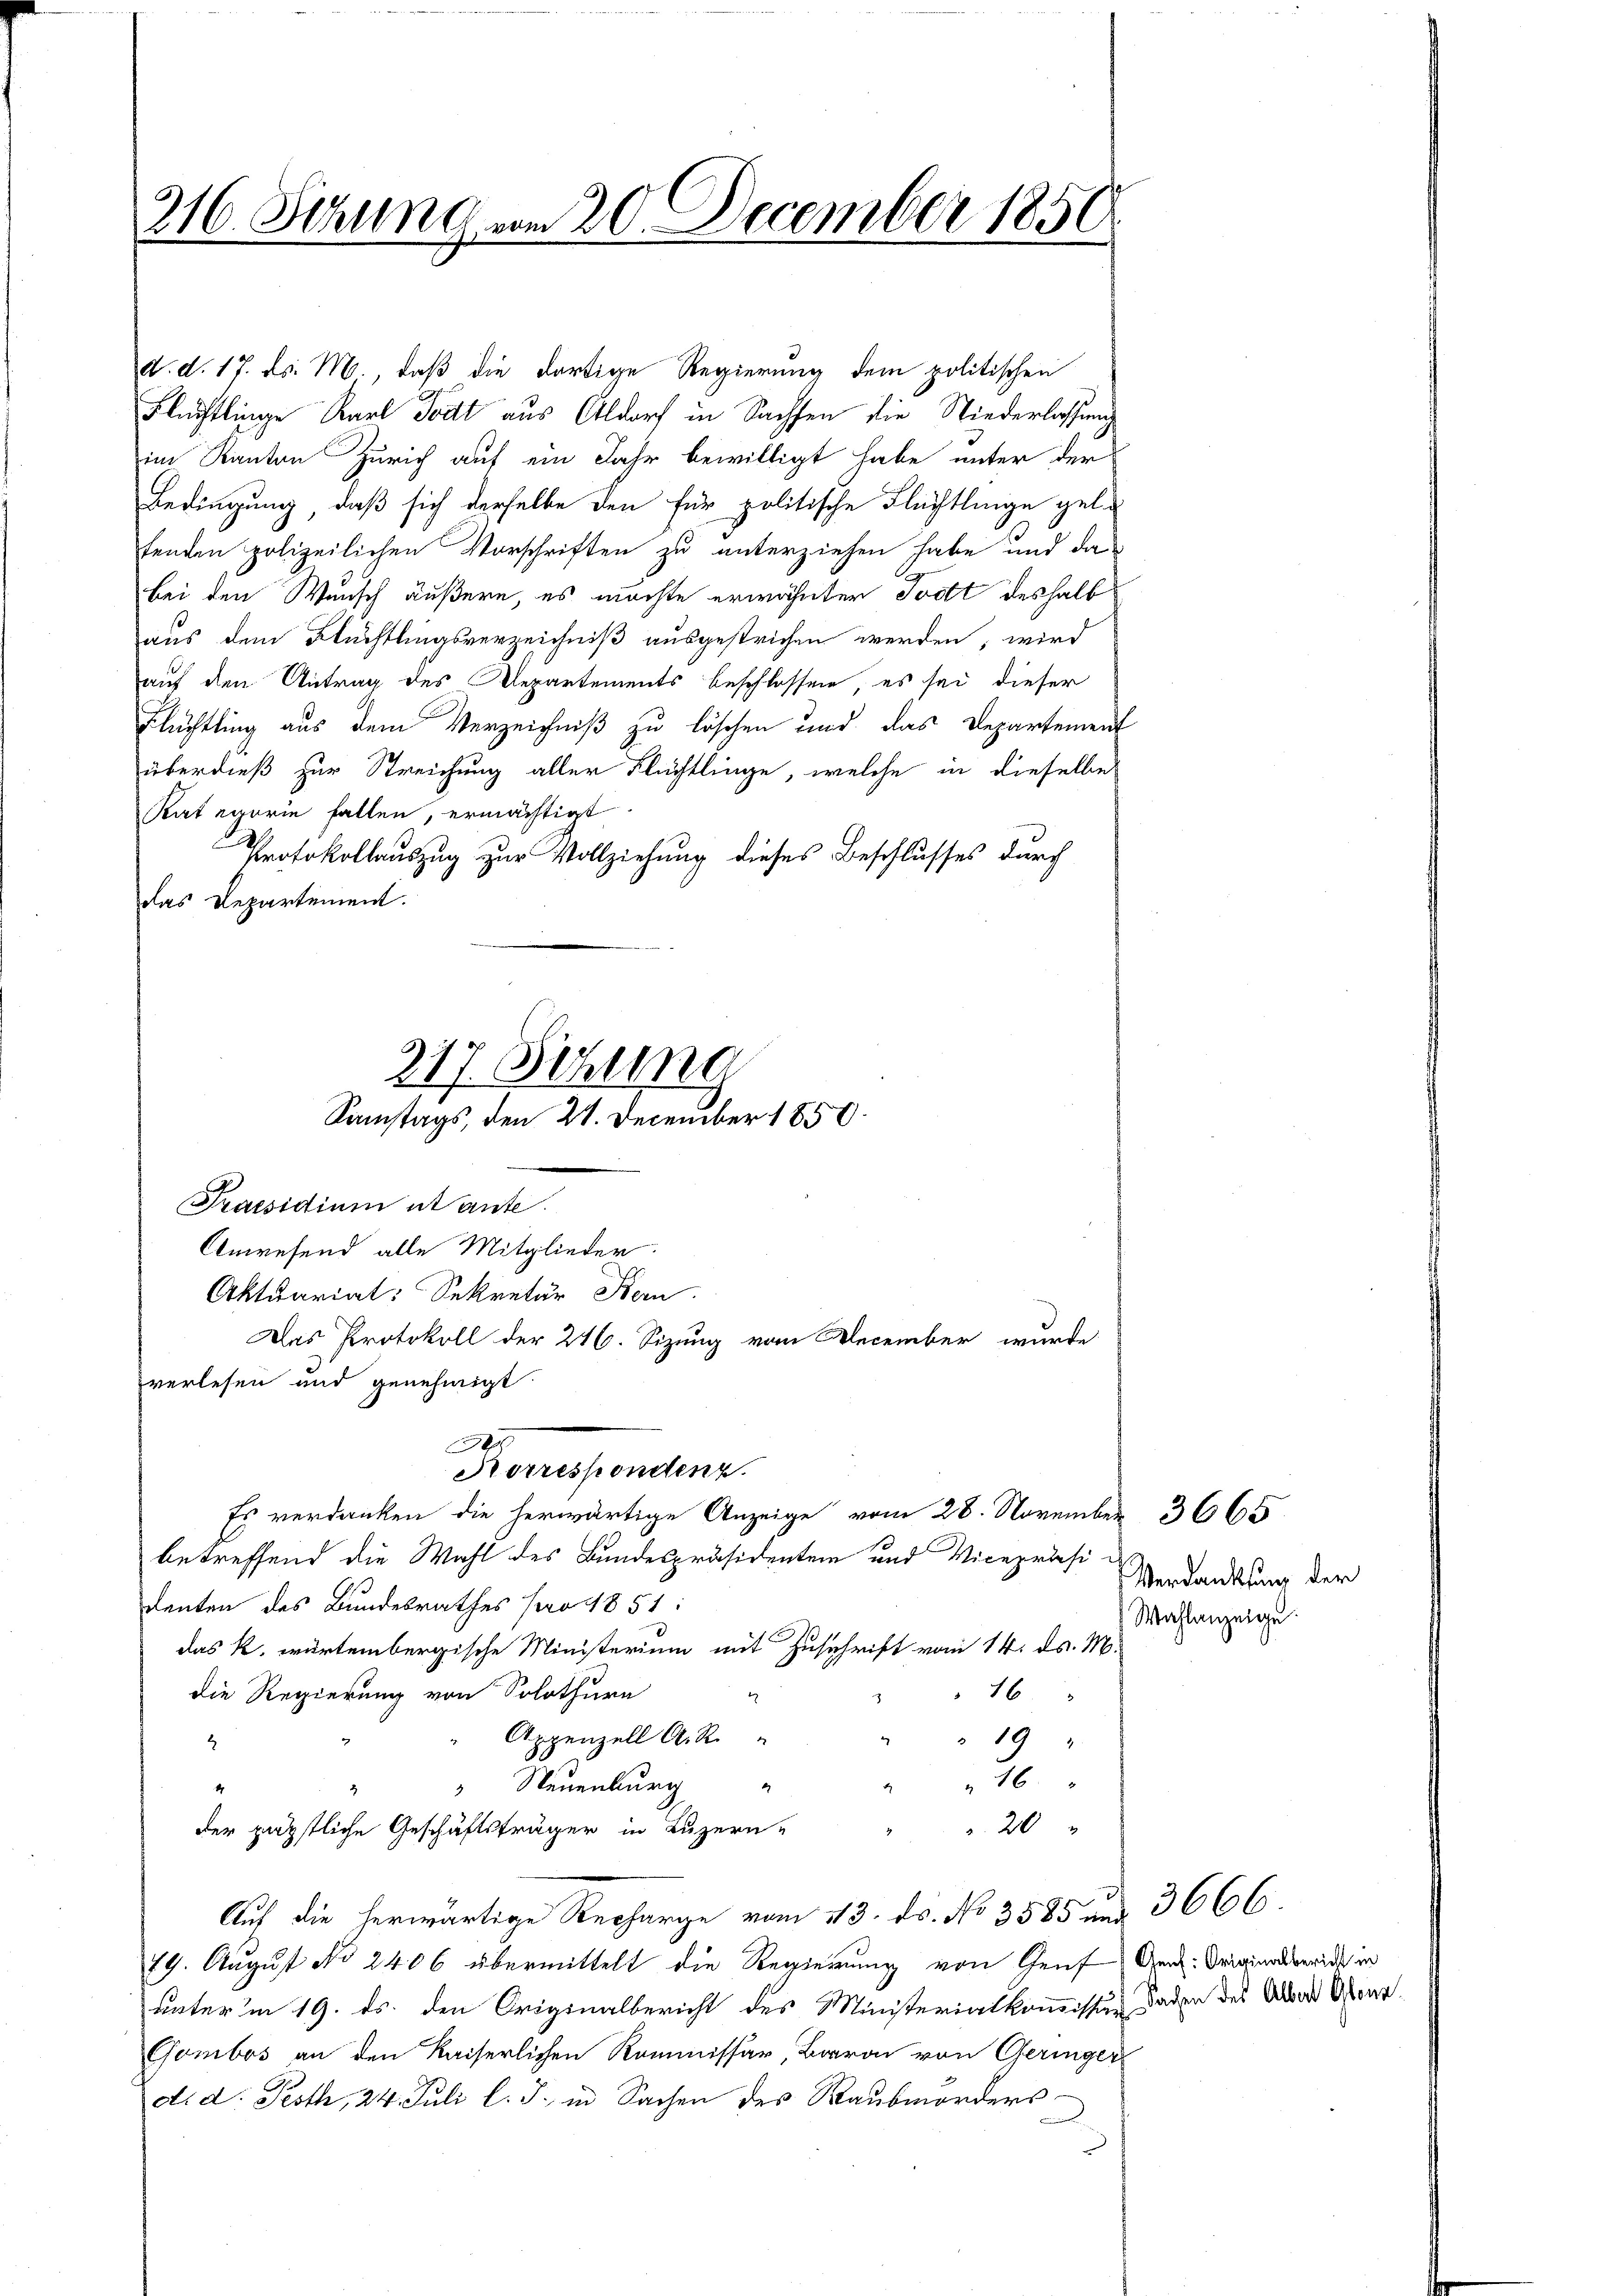
216. Sitzung vom 20. December 1850.

d. d. 17. d. M., daß die dortige Regierung dem politischen
Flüchtlinge Karl Todt aus Aldorf in Sachsen die Niederlassung
im Kanton Zürich auf ein Jahr bewilligt habe unter der
Bedingung, daß sich derselbe den für politische Flüchtlinge gel-
fenden polizeilichen Vorschriften zu unterziehen habe und das
bei den Wunsch äußern, es möchte erwähnter Tocht deshalb
aus dem Flüchtlingsverzeichniß ausgestrichen werden; wird
auf den Antrag des Departements beschlossen, es sei dieser
Flüchtling aus dem Verzeichniß zu löschen und das Departement
überdieß zur Streichung aller Flüchtlinge, welche in dieselbe
Kategorie fallen, ermächtigt
Protokollauszug zur Vollziehung dieses Beschlusses durch
das Departement.

217. Sitzung
Samstags, den 21. December 1850.

Praesidium wante.
Anwesend alle Mitglieder.
Aktuariat: Sekretär Bern.
verlesen und genehmigt.
betreffend die Wahl des Bundespräsidenten und Vicepräsidenten des Bundesrathes pro 1851:
das k. würtembergische Ministerium mit Zuschrift vom 14. ds. M.
16
die Regierung von Solothurn
t
Appenzell A. R.
 19 "
2
16
" Neuenburg
1
20
der päpstliche Geschäftsträger in Luzern,
Auf die herwärtige Recharge vom 113. ds. No 3585 aus 3666.
79. August No 2406 übermittelt die Regierung von Genf Genf Originalbericht in
unter in 19. ds. den Originalbericht des Ministerialkommissin Faden des Aber Ober
Gombos an den Kaiserlichen Kommissär, Baron von Geringer
d. d. Pesth, 24. Juli l. J. in Sachen des Raubmorders

Das Protokoll der 246. Sizung vom December wurde

x
Korrespondenz.
.

Verdankung der
Wahlanzeige